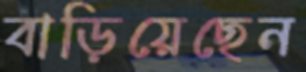
বাড়িয়েছেন